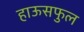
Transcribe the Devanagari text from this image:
हाऊसफुल